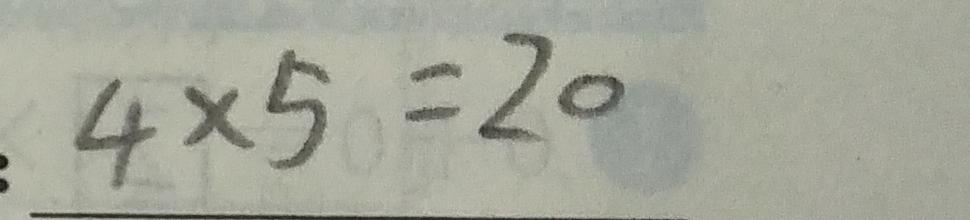
: 4 \times 5 = 2 0